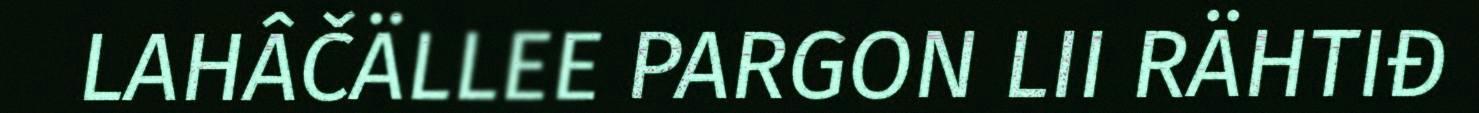
LAHÂČÄLLEE PARGON LII RÄHTIĐ